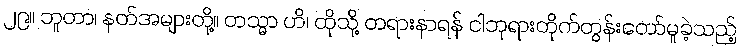
၂၉။ ဘူတာ၊ နတ်အများတို့။ တသ္မာ ဟိ၊ ထိုသို့ တရားနာရန် ငါဘုရားတိုက်တွန်းတော်မူခဲ့သည့်